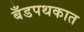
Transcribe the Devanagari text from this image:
बँडपथकात